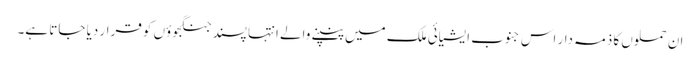
ان حملوں کا ذمہ دار اس جنوب ایشیائی ملک میں پنپنے والے انتہا پسند جنگجوؤں کو قرار دیا جاتا ہے۔